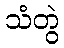
သံတွဲ